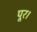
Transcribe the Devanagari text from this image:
पूर।